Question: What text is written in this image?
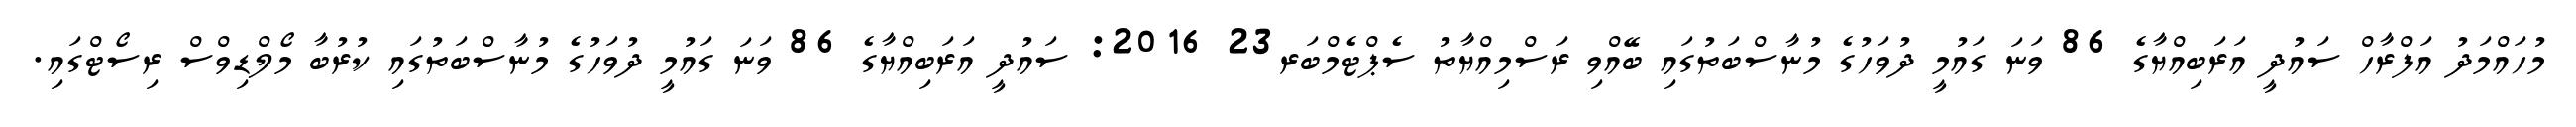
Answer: މުހައްމަދު އަފްރާހް ސައުދީ އަރަބިއްޔާގެ 86 ވަނަ ގައުމީ ދުވަހުގެ މުނާސްބަތުގައި ބޭއްވި ރަސްމިއްޔާތު ސެޕްޓެމްބަރ23 2016: ސައުދީ އަރަބިއްޔާގެ 86 ވަނަ ގައުމީ ދުވަހުގެ މުނާސްބަތުގައި ކުރުބާ މޯލްޑިވްސް ރިސޯޓްގައި.